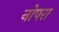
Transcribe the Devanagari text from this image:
नोपरा